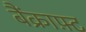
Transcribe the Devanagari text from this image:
बैंक्राफ़्ट